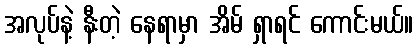
အလုပ်နဲ့ နီးတဲ့ နေရာမှာ အိမ် ရှာရင် ကောင်းမယ်။